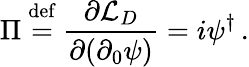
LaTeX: \Pi\ {\overset{\mathrm{def}}{=}}\ {\frac{\partial{\mathcal{L}}_{D}}{\partial(\partial_{0}\psi)}}=i\psi^{\dagger}\, .